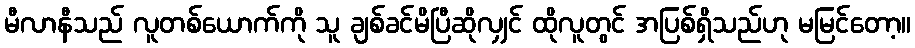
မီလာနီသည် လူတစ်ယောက်ကို သူ ချစ်ခင်မိပြီဆိုလျှင် ထိုလူတွင် အပြစ်ရှိသည်ဟု မမြင်တော့။